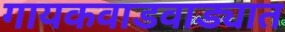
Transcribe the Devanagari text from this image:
गायकवाडवाड्यात